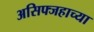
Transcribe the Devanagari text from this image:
असिफ्जहाच्या